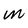
Character: M